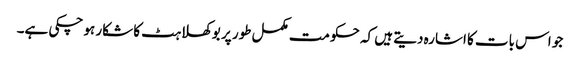
جو اس بات کا اشارہ دیتے ہیں کہ حکومت مکمل طور پر بوکھلاہٹ کا شکار ہو چکی ہے۔